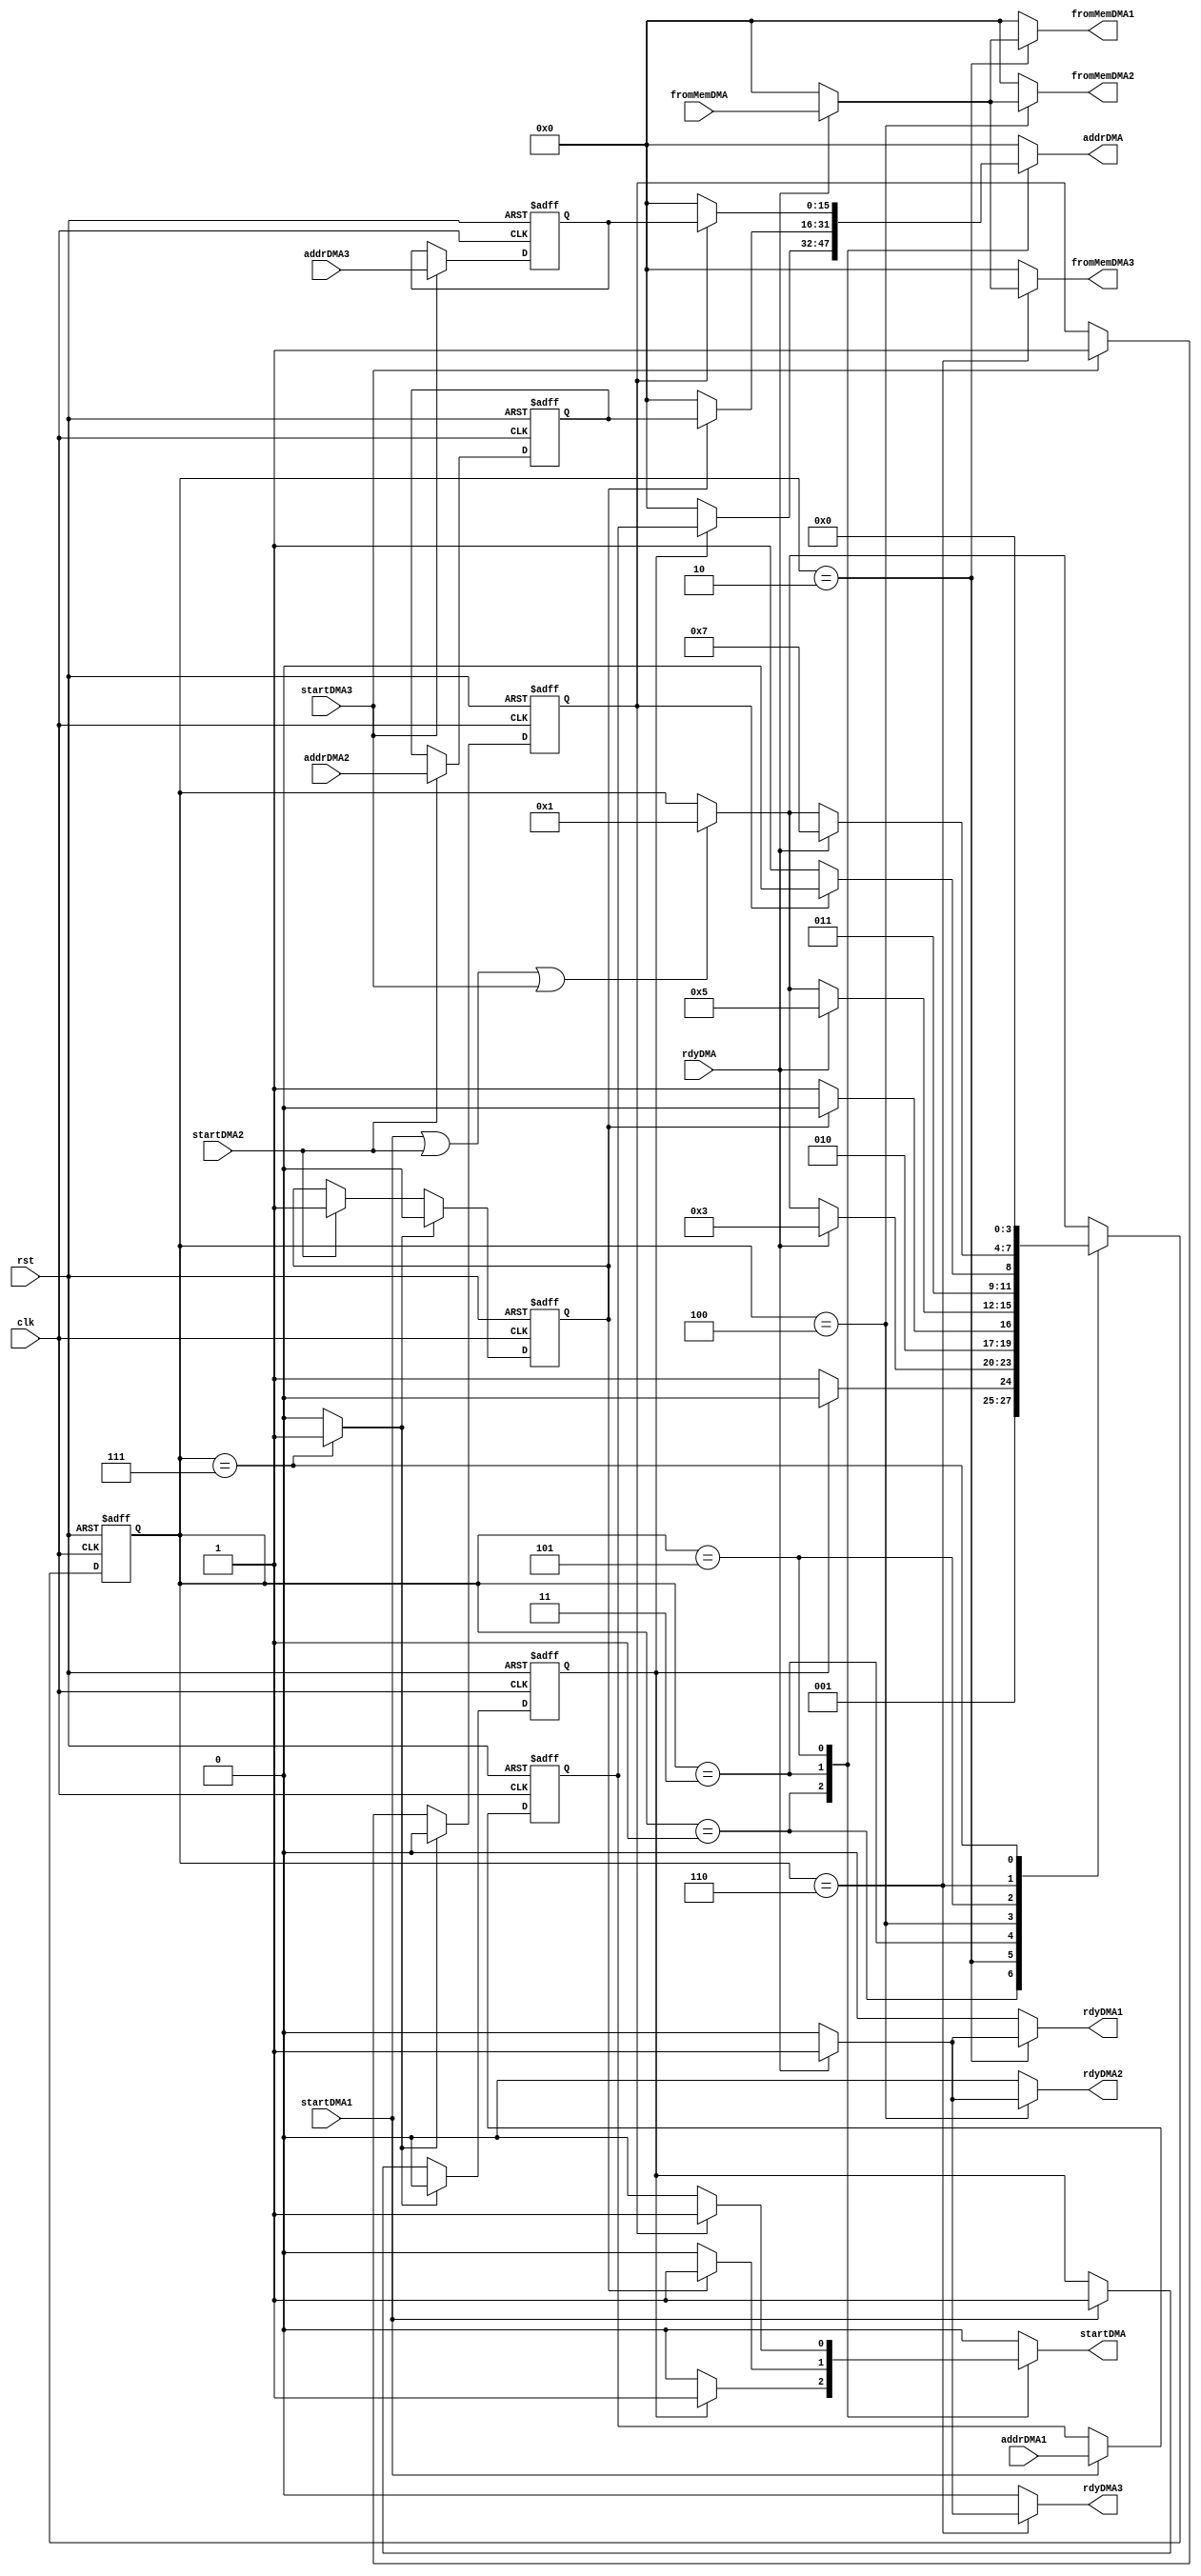

module DMACollect(

	input clk,
	input rst,
	
	// DMA In1
	input startDMA1,
	input[15:0] addrDMA1,
	
	output reg[15:0] fromMemDMA1,
	output reg rdyDMA1,

	// DMA In2
	input startDMA2,
	input[15:0] addrDMA2,
	
	output reg[15:0] fromMemDMA2,
	output reg rdyDMA2,
	
	// DMA In3
	input startDMA3,
	input[15:0] addrDMA3,
	
	output reg[15:0] fromMemDMA3,
	output reg rdyDMA3,
	
	// DMA Out
	output reg startDMA,
	output reg[15:0] addrDMA,
	
	input[15:0] fromMemDMA,
	input rdyDMA
);


reg[3:0] f_stat;
reg[3:0] n_stat;

reg f_start1;
reg n_start1;

reg f_start2;
reg n_start2;

reg f_start3;
reg n_start3;

reg[15:0] f_addr1;
reg[15:0] n_addr1;

reg[15:0] f_addr2;
reg[15:0] n_addr2;

reg[15:0] f_addr3;
reg[15:0] n_addr3;

reg clear;

always@(posedge clk or posedge rst)
	if(rst) f_stat <= 0;
	else f_stat <= n_stat;
	
always@(posedge clk or posedge rst)
	if(rst)begin
		f_addr1 <= 0;
		f_addr2 <= 0;
		f_addr3 <= 0;
	end else
	begin
		f_addr1 <= n_addr1;
		f_addr2 <= n_addr2;
		f_addr3 <= n_addr3;
	end
	
always@(posedge clk or posedge rst)
	if(rst)begin
		f_start1 <= 0;
		f_start2 <= 0;
		f_start3 <= 0;
	end else
	begin
		f_start1 <= n_start1;
		f_start2 <= n_start2;
		f_start3 <= n_start3;
	end
	
always@(*)begin
	
	n_start1 = f_start1;
	n_start2 = f_start2;
	n_start3 = f_start3;

	n_addr1 = f_addr1;
	n_addr2 = f_addr2;
	n_addr3 = f_addr3;	
	
	
	if(startDMA1)begin
		n_addr1 = addrDMA1;
		n_start1 = 1;
	end
	
	if(startDMA2)begin
		n_addr2 = addrDMA2;
		n_start2 = 1;
	end
	
	if(startDMA3)begin
		n_addr3 = addrDMA3;
		n_start3 = 1;
	end
	
	if(clear)begin
		n_start1 = 0;
		n_start2 = 0;
		n_start3 = 0;
	end
	
end

always@(*)begin

	n_stat = f_stat;
	
	clear = 0;
	
	fromMemDMA1 = 0;
	rdyDMA1 = 0;
	
	fromMemDMA2 = 0;
	rdyDMA2 = 0;
	
	fromMemDMA3 = 0;
	rdyDMA3 = 0;
	
	startDMA = 0;
	addrDMA = 0;
	
	if(startDMA1 | startDMA2 | startDMA3) n_stat = 1;
	
	case(f_stat)
		1: if(f_start1)begin // Gen1
				addrDMA = f_addr1;
				startDMA = 1;
				
				n_stat = 2;
			end
			else n_stat = 3;
		2: if(rdyDMA)begin
				fromMemDMA1 = fromMemDMA;
				rdyDMA1 = 1;
				n_stat = 3;
			end
		3: if(f_start2)begin // Gen2
				addrDMA = f_addr2;
				startDMA = 1;
				
				n_stat = 4;
			end
			else n_stat = 5;
		4: if(rdyDMA)begin
				fromMemDMA2 = fromMemDMA;
				rdyDMA2 = 1;
				n_stat = 5;
			end
		5: if(f_start3)begin // Gen3
				addrDMA = f_addr3;
				startDMA = 1;
				
				n_stat = 6;
			end
			else n_stat = 7;
		6: if(rdyDMA)begin
				fromMemDMA3 = fromMemDMA;
				rdyDMA3 = 1;
				n_stat = 7;
			end
		7: begin
			clear = 1;
			n_stat = 0;
		end
		default:;
	endcase
end

endmodule


module soundGenSimple(
	input clk,
	input rst,
	
	input freq,
	
	// SampleGen
	
	input startSample,
	input[15:0] addrSample,
	input stopSample,
	input[15:0] speedSample,
	input[2:0] volume,
	input loopSample,
	
	// DMA
	output reg startDMA,
	output reg[15:0] addrDMA,
	
	input[15:0] fromMemDMA,
	input rdyDMA,
	
	// Sound
	output reg[15:0] out,
	output reg start
	
);

reg[23:0] f_addrMem;
reg[23:0] n_addrMem;

reg[7:0] f_buffer;
reg[7:0] n_buffer;

reg[7:0] f_buffernow;
reg[7:0] n_buffernow;

reg[23:0] f_addr;
reg[23:0] n_addr;

reg[1:0] f_s;
reg[1:0] n_s;

reg f_full;
reg n_full;

always@(posedge clk or posedge rst)
	if(rst) f_full <= 0;
	else f_full <= n_full;
	
always@(posedge clk or posedge rst)
	if(rst) f_addrMem <= 0;
	else f_addrMem <= n_addrMem;
	
always@(posedge clk or posedge rst)
	if(rst) f_s <= 0;
	else f_s <= n_s;

always@(posedge clk or posedge rst)
	if(rst) f_addr <= 0;
	else f_addr <= n_addr;
	
always@(posedge clk or posedge rst)
	if(rst) f_buffer <= 0;
	else f_buffer <= n_buffer;

always@(posedge clk or posedge rst)
	if(rst) f_buffernow <= 0;
	else f_buffernow <= n_buffernow;
	
always@(*)begin
	
	n_addr = f_addr;
	n_addrMem = f_addrMem;
	
	n_s = f_s;
	
	n_buffer = f_buffer;
	n_buffernow = f_buffernow;
	
	n_full = f_full;
	
	startDMA = 0;
	addrDMA = 0;
	
	out = 0;
	start = 0;
	
	if(startSample)begin
		n_s = 1;
		n_addr = {addrSample[14:0],9'b0};
		n_addrMem = {addrSample[14:0],9'b0};
	end
	
	if(stopSample) n_s = 0;
	
	if(freq)begin
		case(volume)
			0: out = {f_buffernow,8'b0};
			1: out = {f_buffernow,7'b0};
			2: out = {f_buffernow,6'b0};
			3: out = {f_buffernow,5'b0};
			4: out = {f_buffernow,4'b0};
			5: out = {f_buffernow,3'b0};
			6: out = {f_buffernow,2'b0};
			7: out = {f_buffernow,1'b0};
			default:;
		endcase
		
		start = 1;
		
		n_buffernow = f_buffer;
	end
		
	case(f_s)
		1:if(freq)begin
				addrDMA = f_addr[23:9];
				startDMA = 1;
				n_s = 2;
			end
		2: if(rdyDMA)begin
				
				n_full = (fromMemDMA == 16'hFFFF);
				if(~n_full)
					case(f_addr[8])
						0: n_buffer = {fromMemDMA[7:0]};
						1: n_buffer = {fromMemDMA[15:8]};
					endcase
					
					
				n_s = 3;
			end
		3: begin
		
			if(f_full) begin
				if(loopSample) begin
					 n_addr = f_addrMem;
					 n_s = 1;
				end
				else n_s = 0;
				
				end
			else begin
				n_addr = f_addr + speedSample;
				n_s = 1;
			end

		end
		
		default:;
	endcase
	
end
	
endmodule